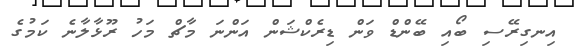
އިނގިރޭސި ބޯއި ބޭންޑް ވަން ޑިރެކްޝަން އަންނަ މާޗް މަހު ރޫޅާލާނެ ކަމުގެ